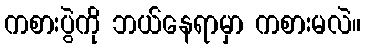
ကစားပွဲကို ဘယ်နေရာမှာ ကစားမလဲ။